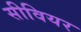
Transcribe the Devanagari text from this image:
सीवियर